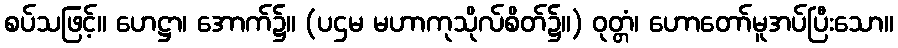
စပ်သဖြင့်။ ဟေဋ္ဌာ၊ အောက်၌။ (ပဌမ မဟာကုသိုလ်စိတ်၌။) ဝုတ္တံ၊ ဟောတော်မူအပ်ပြီးသော။